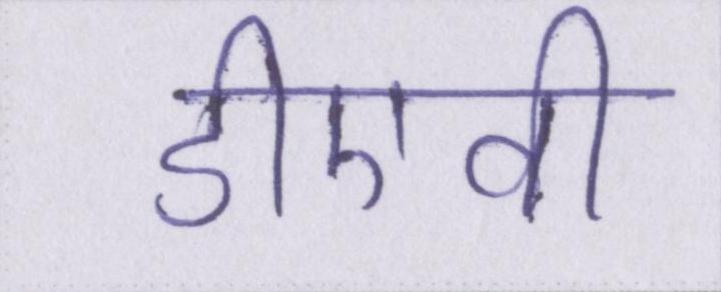
डीएवी